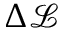
\Delta \mathcal { L }